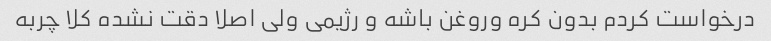
درخواست کردم بدون کره وروغن باشه و رژیمی ولی اصلا دقت نشده کلا چربه